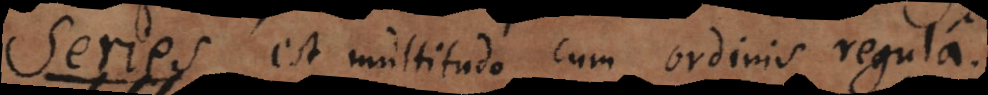
Series est multitudo cum ordinis regula.